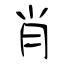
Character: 肖